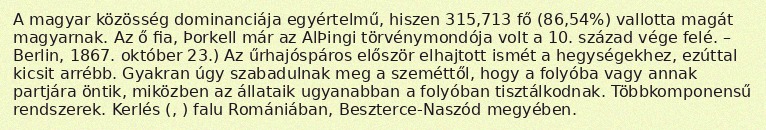
A magyar közösség dominanciája egyértelmű, hiszen 315,713 fő (86,54%) vallotta magát magyarnak. Az ő fia, Þorkell már az AlÞingi törvénymondója volt a 10. század vége felé. – Berlin, 1867. október 23.) Az űrhajóspáros először elhajtott ismét a hegységekhez, ezúttal kicsit arrébb. Gyakran úgy szabadulnak meg a szeméttől, hogy a folyóba vagy annak partjára öntik, miközben az állataik ugyanabban a folyóban tisztálkodnak. Többkomponensű rendszerek. Kerlés (, ) falu Romániában, Beszterce-Naszód megyében.